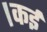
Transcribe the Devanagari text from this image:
।कई